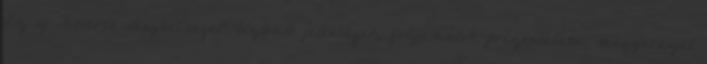
Az új ismeret „ténybeliségét” biztosító jelenségek, folyamatok prezentálása, magyarázat